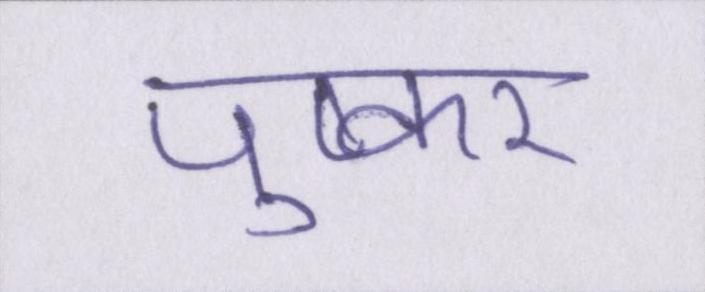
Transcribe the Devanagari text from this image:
पुष्कर